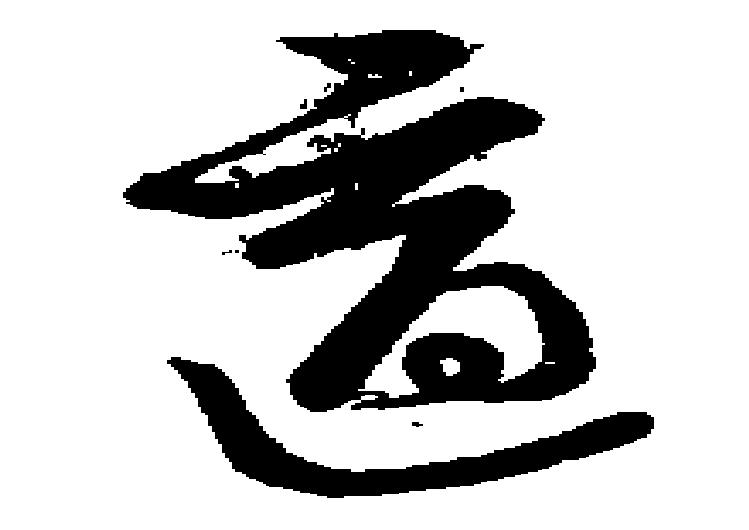
適